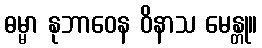
ဓမ္မာ နုဘာဝေန ဝိနာသ မေန္တု။